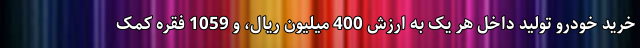
خرید خودرو تولید داخل هر یک به ارزش 400 میلیون ریال، و 1059 فقره کمک